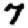
Digit: 7